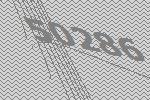
50286